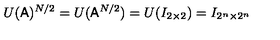
U ( { \sf A } ) ^ { N / 2 } = U ( { \sf A } ^ { N / 2 } ) = U ( I _ { 2 \times 2 } ) = I _ { 2 ^ { n } \times 2 ^ { n } }